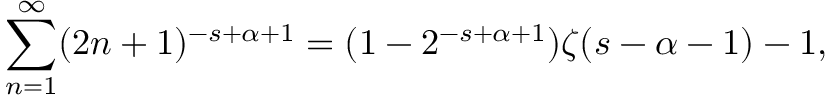
\sum _ { n = 1 } ^ { \infty } ( 2 n + 1 ) ^ { - s + \alpha + 1 } = ( 1 - 2 ^ { - s + \alpha + 1 } ) \zeta ( s - \alpha - 1 ) - 1 ,